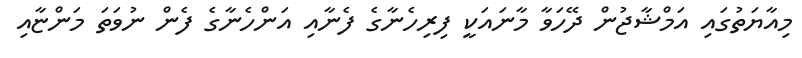
މިއާޔަތުގައި އަމްޝާޖުން ދޭހަވާ މާނައަކީ ފިރިހެނާގެ ފެނާއި އަންހެނާގެ ފެން ނުވަތަ މަންޏާއި